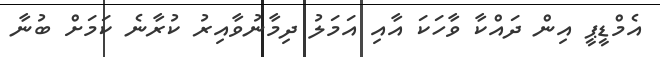
އެމްޑީޕީ އިން ދައްކާ ވާހަކަ އާއި އަމަލު ދިމާނުވާއިރު ކުރާނެ ކަމަށް ބުނާ